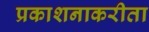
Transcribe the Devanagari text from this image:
प्रकाशनाकरीता